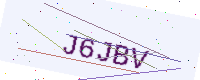
Text: J6JBV